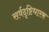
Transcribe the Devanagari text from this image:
सर्वदृष्टिधारक